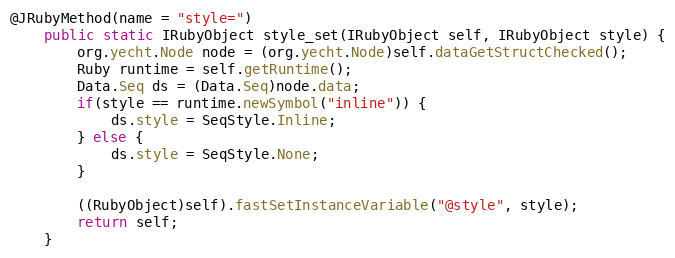
Language: Java
@JRubyMethod(name = "style=")
    public static IRubyObject style_set(IRubyObject self, IRubyObject style) {
        org.yecht.Node node = (org.yecht.Node)self.dataGetStructChecked();
        Ruby runtime = self.getRuntime();
        Data.Seq ds = (Data.Seq)node.data;
        if(style == runtime.newSymbol("inline")) {
            ds.style = SeqStyle.Inline;
        } else {
            ds.style = SeqStyle.None;
        }

        ((RubyObject)self).fastSetInstanceVariable("@style", style);
        return self;
    }